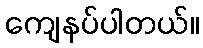
ကျေနပ်ပါတယ်။